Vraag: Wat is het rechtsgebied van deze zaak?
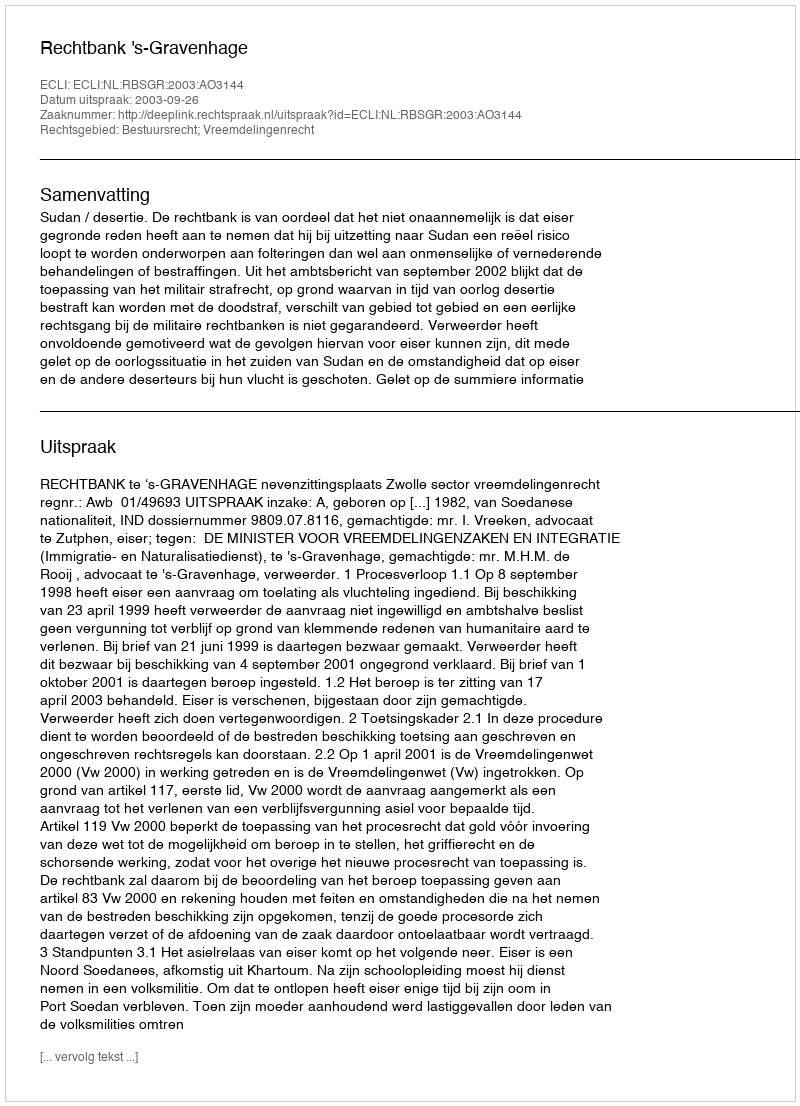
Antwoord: Bestuursrecht; Vreemdelingenrecht